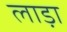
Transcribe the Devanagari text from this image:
लाड़ा